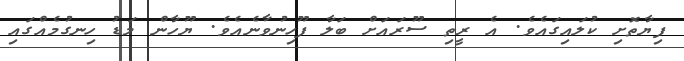
ފިޔާތޮށި ކުލައިގައެވެ. އެ ރީތި ސޫރައަށް ބަލާ ފޫހިނުވާނެއެވެ. ޔޫހާން މަޑު ހިނގުމެއްގައި